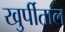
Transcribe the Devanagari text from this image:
खुर्पीताल